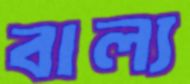
বাল্য